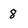
Character: 8